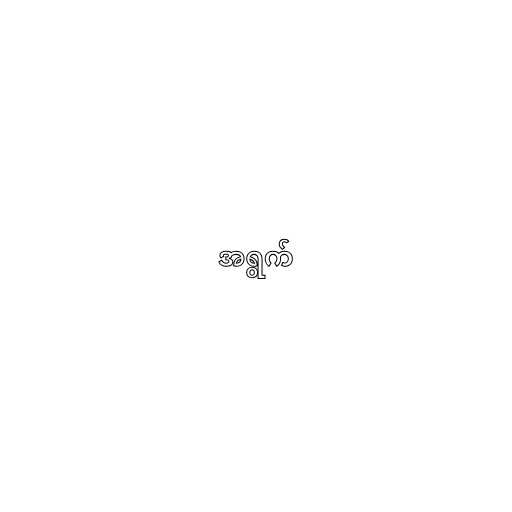
အရွက်